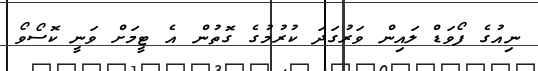
ނިއުގެ ފޯވަޑް ލައިން ވަރުގަދަ ކުރުމުގެ ގޮތުން އެ ޓީމަށް ވަނީ ކޮސޯވޯ